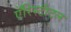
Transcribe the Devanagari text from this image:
एॅरिस्टॅाटल